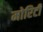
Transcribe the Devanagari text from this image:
मोरिटी